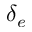
\delta _ { e }